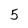
Character: 5